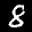
Label: 8